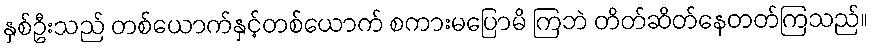
နှစ်ဦးသည် တစ်ယောက်နှင့်တစ်ယောက် စကားမပြောမိ ကြဘဲ တိတ်ဆိတ်နေတတ်ကြသည်။